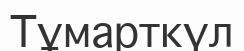
Тұмарткүл